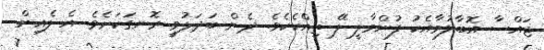
ޖައްސާ އޮބާލުމާއެކު ފުންމާލީ ލޭ ތިއްކެކެވެ. ދެން ބަަދަލުވީ ރޮނގަކަށެވެ. އެ ލެއިން